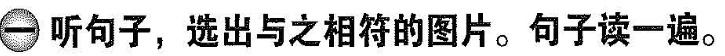
一听句子，选出与之相符的图片。句子读一遍。